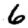
Digit: 6